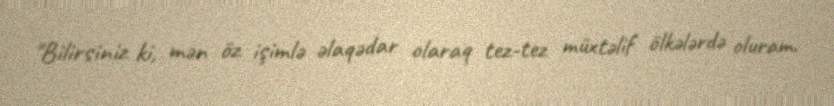
"Bilirsiniz ki, mən öz işimlə əlaqədar olaraq tez-tez müxtəlif ölkələrdə oluram.